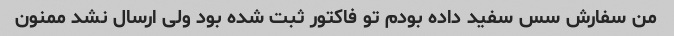
من سفارش سس سفید داده بودم تو فاکتور ثبت شده بود ولی ارسال نشد ممنون